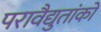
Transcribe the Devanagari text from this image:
परावैद्युतांकों